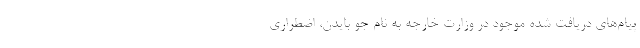
پیام‌های دریافت شده موجود در وزارت خارجه به نام جو بایدن، اضطراری